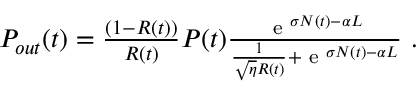
\begin{array} { r } { P _ { o u t } ( t ) = \frac { \left( 1 - R ( t ) \right) } { R ( t ) } P ( t ) \frac { \textnormal { e } ^ { \sigma N ( t ) - \alpha L } } { \frac { 1 } { \sqrt { \eta } R ( t ) } + \textnormal { e } ^ { \sigma N ( t ) - \alpha L } } \ . } \end{array}